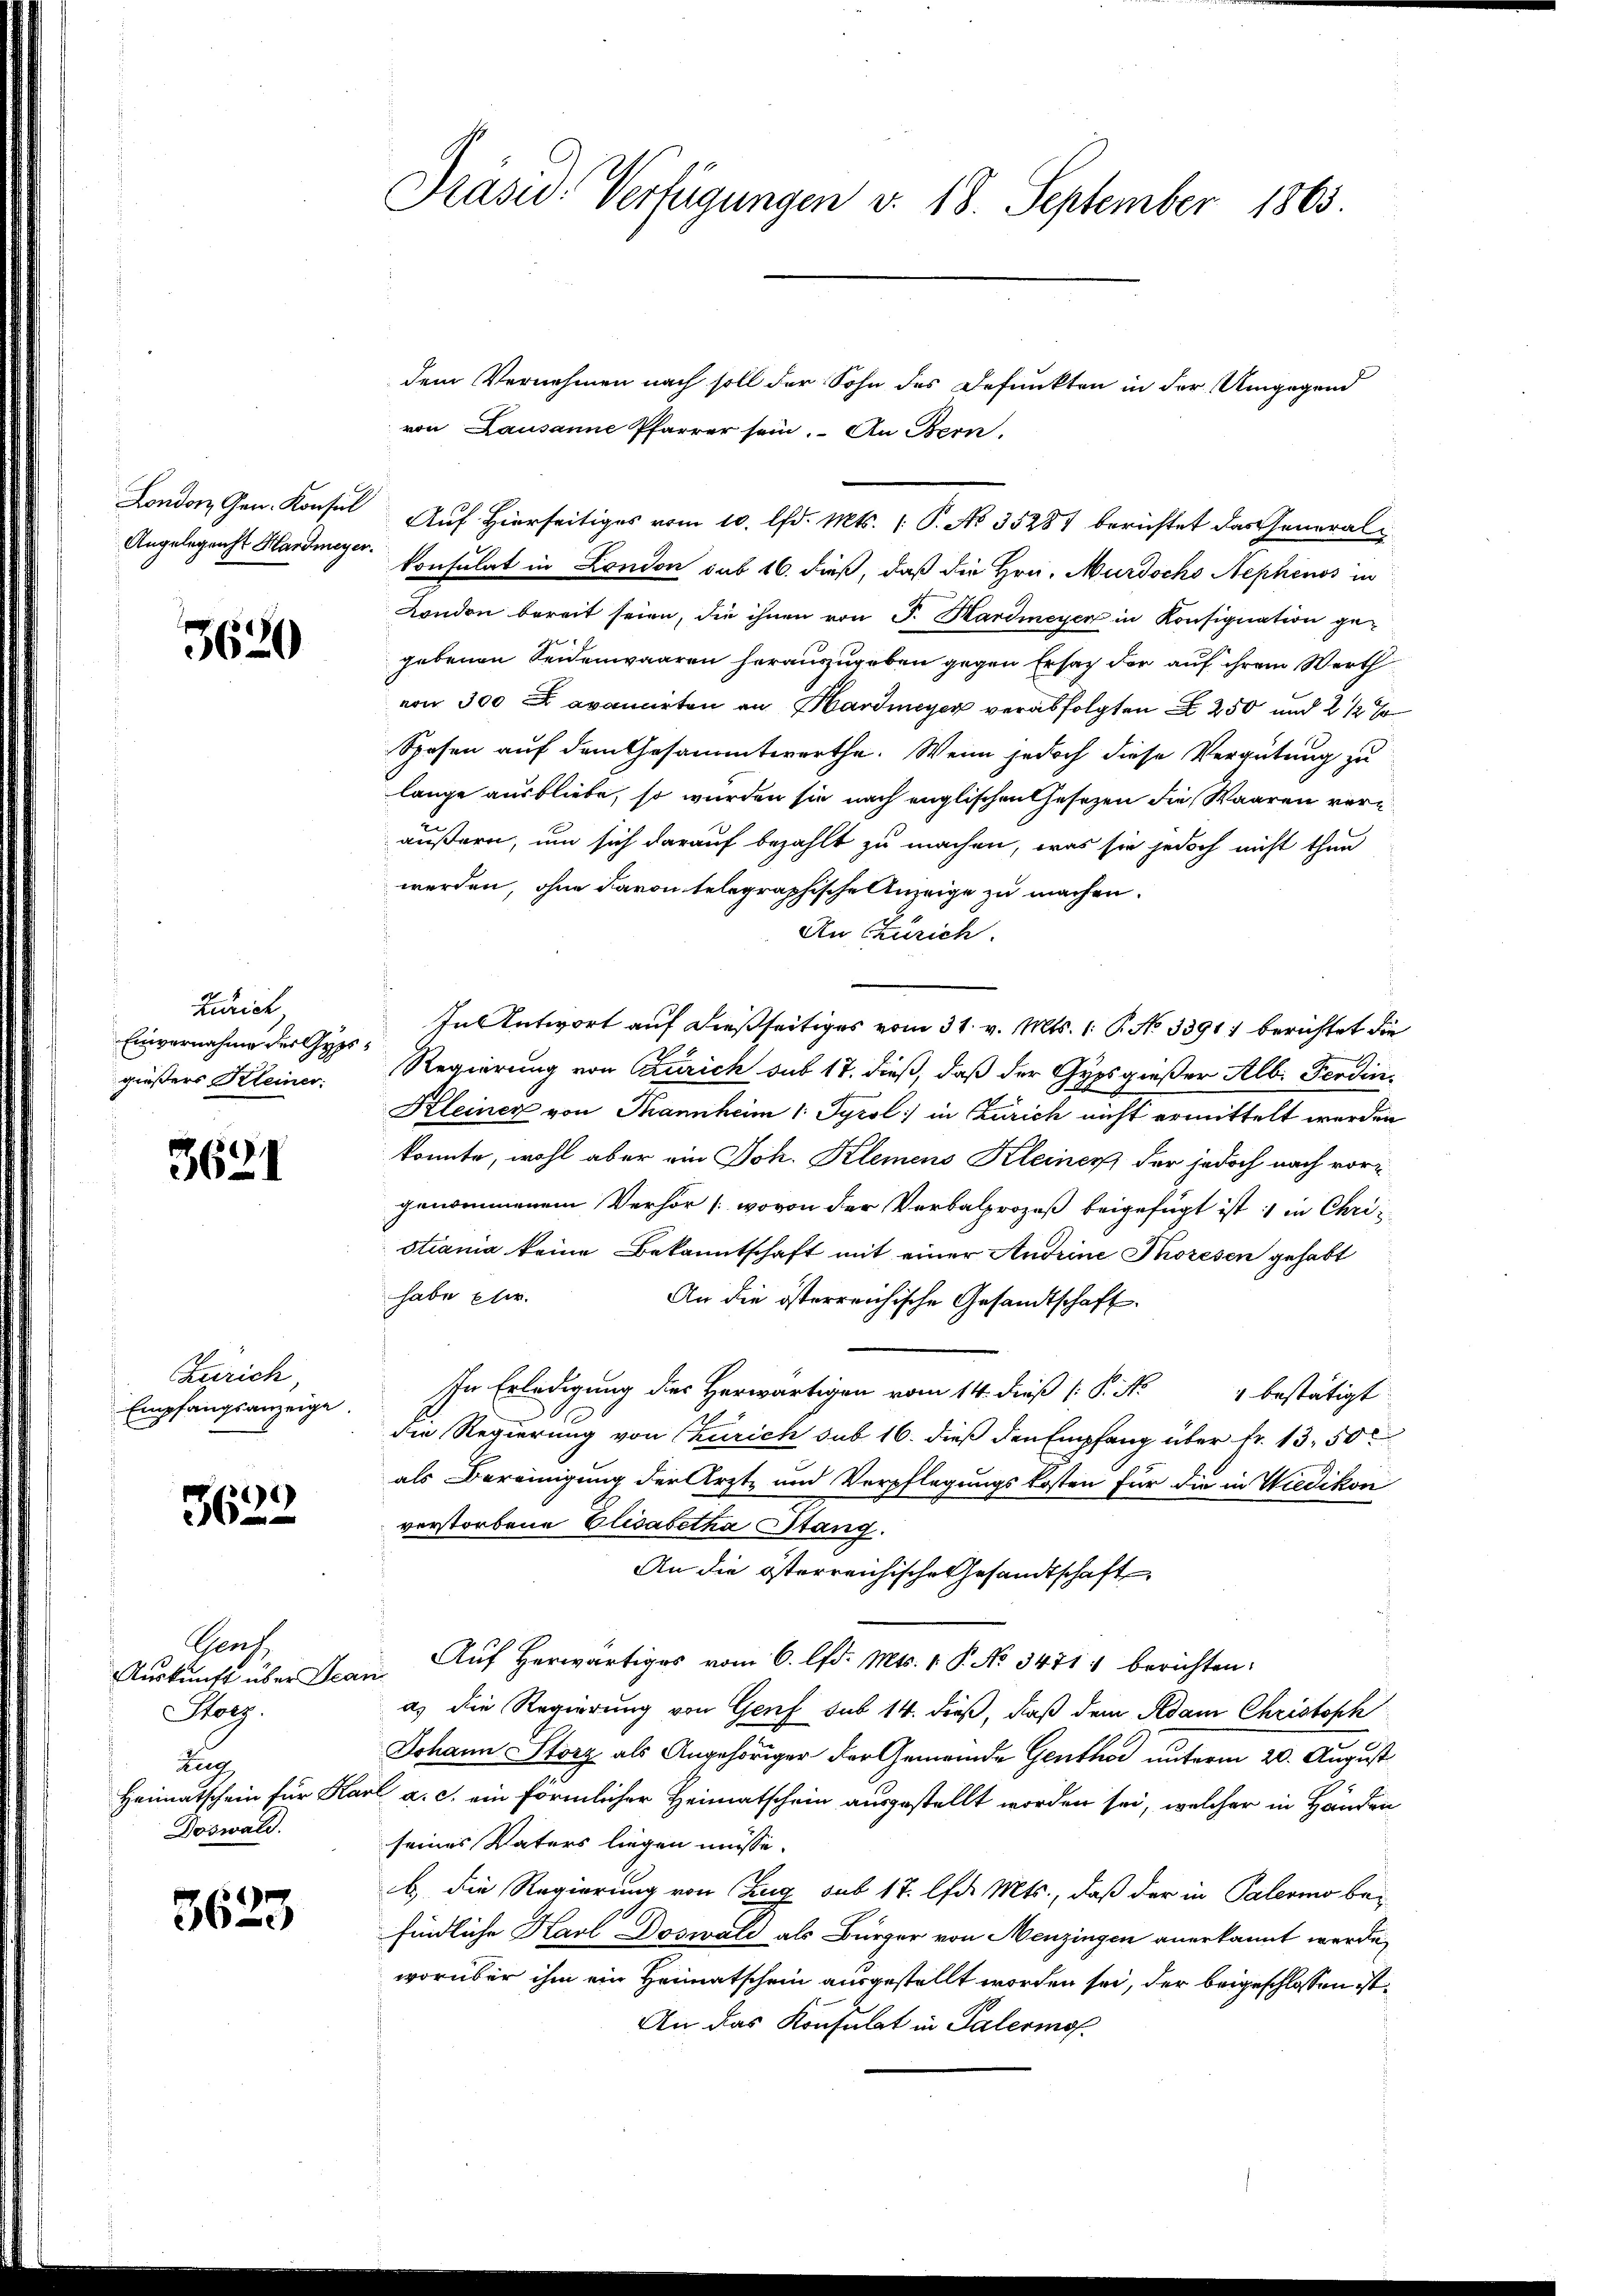
Angelegenst Hardmeyer.

3620

Zürich
Einvernahme der Gypsgießers Kleiner:

3621

Zürich,
Empfangsanzeige.

3622

Prach
Auskunft über Jean
oeg.
Aug
Doswald.

5623

Präsid. Verfügungen v. 18. September 1863.

von Lausanne Pfarrer sein. An Bern,
  ist vom 10. d. Mts. 1 P. No 35284 berichtet das Generalkonsulat in London sub 16. dieß, daß die Hrn. Murdocho Nephenos in
London bereit seien, die ihnen von J. Hardmeyer in Konsignation gehebenen Seidenwaaren herauszugeben gegen Ersatz der auf ihrem Werth
von 300 x avancirten an Hardmeyer verabfolgten § 250 und 2 1/2 %
Spesen auf dem Gesammtwerthe. Wenn jedoch diese Vergütung zu
lange ausbliebe, so wurden sie nach englischen Gesezen die Waaren veräußern, um sich darauf bezahlt zu machen, was sie jedoch nicht thun
werden, ohne davon telegraphische Anzeige zu machen.
An Zürich.
In Antwort auf dießseitiges vom 31. v. Mts. 1. P. No 3391) berichtet die
Regierung von Zürich sub 17. dieß, daß der Gypsgießer Alb. Ferdin
Kleiner von Tannheim 1. Tyrol in Zürich nicht ermittelt werden
konnte, wohl aber ein Joh. Klemens Kleiner der jedoch nach vorgenommenem Verhör [wovon der Verbalprozeß beigefügt ist : in Christiania keine Bekanntschaft mit einer Andrine Thoresen gehabt
habe Eler.
An die österreichische Gesandtschaft.
In Erledigung des Herwärtigen vom 14. dieß (: P. Nr. 4 bestätigt
die Regierung von Zürich sub 16. dieß den Empfang über fr. 13. 50
als Bereinigung der Arzt- und Verpflegungskosten für die in Wiedikon
verstorbene Elisabetha Stang.
An die österreichische Gesandtschaft
Auf herwärtiges vom 6. lfd. Mts. 1. P. No 3471) berichten:
a) die Regierung von Genf sub 14. dieß, daß dem Adam Christoph
Johann Storz als Angehöriger der Gemeinde Genthor unterm 20. August
Heimatschein für Karl a. c. ein förmlicher Heimatschein ausgestellt worden sei, welcher in Händen
seines Vaters liegen müsse.
b, die Regierung von Zug sub 17. lfd. Mts., daß der in Palermo befindliche Karl Doswald als Bürger von Menzingen anerkannt werde,
worüber ihm ein Heimatschein ausgestellt worden sei, der beigeschlossen ist.
An das Konsulat in Palermo¬

dem Vernehmen nach soll der Sohn des Defunkten in der Umgegend